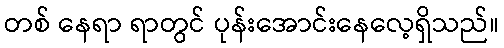
တစ် နေရာ ရာတွင် ပုန်းအောင်းနေလေ့ရှိသည်။